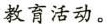
教育活动。